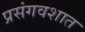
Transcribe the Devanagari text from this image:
प्रसंगवशात